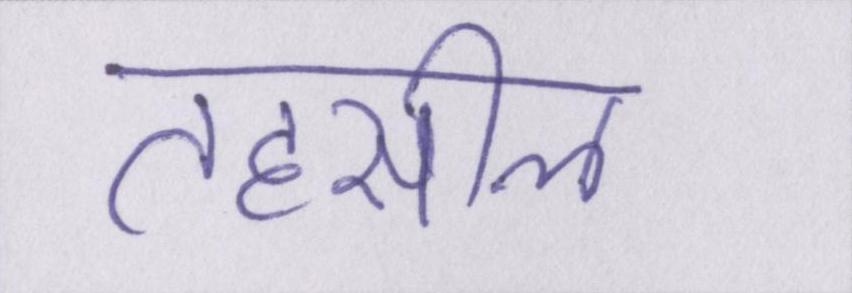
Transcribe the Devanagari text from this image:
तहसील